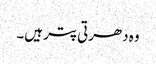
وہ دھرتی پتر ہیں۔